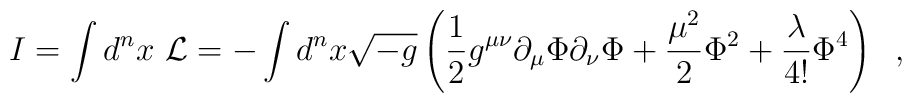
I=\int d^{n}x~{\cal L}=-\int d^{n}x \sqrt{-g}\left(\frac{1}{2}g^{\mu \nu}\partial_{\mu}\Phi\partial_{\nu}\Phi+\frac{\mu^{2}}{2}\Phi^{2}+\frac{\lambda}{4!}\Phi^{4}\right) \;\;,